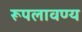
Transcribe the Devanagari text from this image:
रूपलावण्य